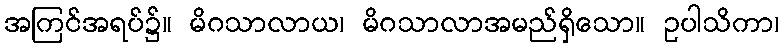
အကြင်အရပ်၌။ မိဂသာလာယ၊ မိဂသာလာအမည်ရှိသော။ ဥပါသိကာ၊